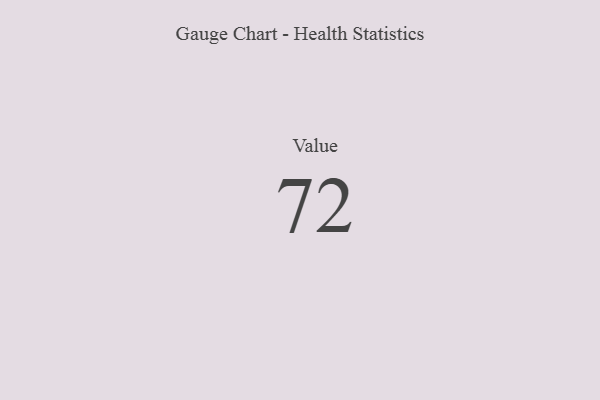
{"axis": {"x": "Metric", "y": "Value"}, "legend": [""], "data": [{"x": "Value", "y": 72, "type": ""}]}